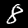
Label: 8